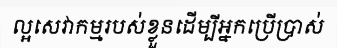
ល្អសេវាកម្មរបស់ខ្លួនដើម្បីអ្នកប្រើប្រាស់